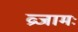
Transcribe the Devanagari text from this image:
व्रजामः